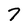
Character: 7